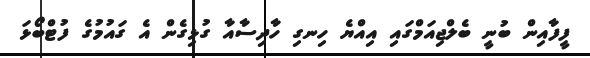
ފީފާއިން ބުނީ ބެލްޖިއަމްގައި އިއްޔެ ހިނގި ހާދިސާއާ ގުޅިގެން އެ ގައުމުގެ ފުޓްބޯޅަ